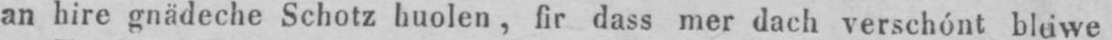
an hire gnädeche Schotz huolen, fir dass mer dach verschónt bluwe